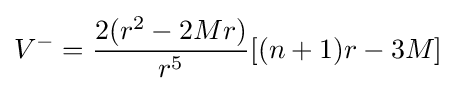
V^{-}={\frac {2(r^{2}-2Mr)}{r^{5}}}[(n+1)r-3M]